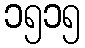
၁၅၁၅